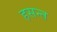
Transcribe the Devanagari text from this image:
हसन्त